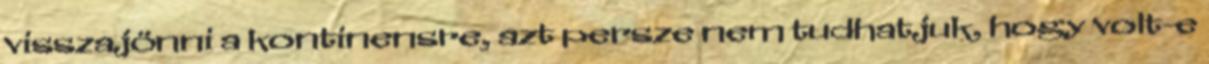
visszajönni a kontinensre, azt persze nem tudhatjuk, hogy volt-e